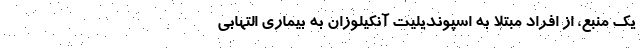
یک منبع، از افراد مبتلا به اسپوندیلیت آنکیلوزان به بیماری التهابی